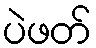
ပဲဖတ်